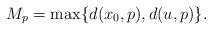
LaTeX: \begin{align*}M_p= \max\{d(x_0, p), d(u,p)\}. \end{align*}